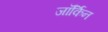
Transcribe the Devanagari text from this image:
जॉर्किन